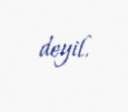
deyil.